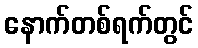
နောက်တစ်ရက်တွင်